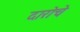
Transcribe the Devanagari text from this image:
दारोचे